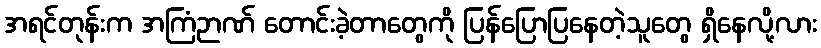
အရင်တုန်းက အကြံဉာဏ် တောင်းခဲ့တာတွေကို ပြန်ပြောပြနေတဲ့သူတွေ ရှိနေလို့လား